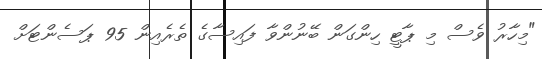
"މިހާރު ވެސް މި ޕާޓީ ހިންގަން ބޭނުންވާ ފައިސާގެ ތެރެއިން 95 ޕަސެންޓަށް